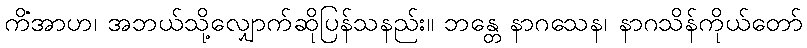
ကိံအာဟ၊ အဘယ်သို့လျှောက်ဆိုပြန်သနည်း။ ဘန္တေ နာဂသေန၊ နာဂသိန်ကိုယ်တော်